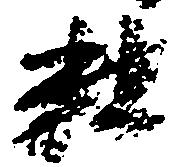
粗